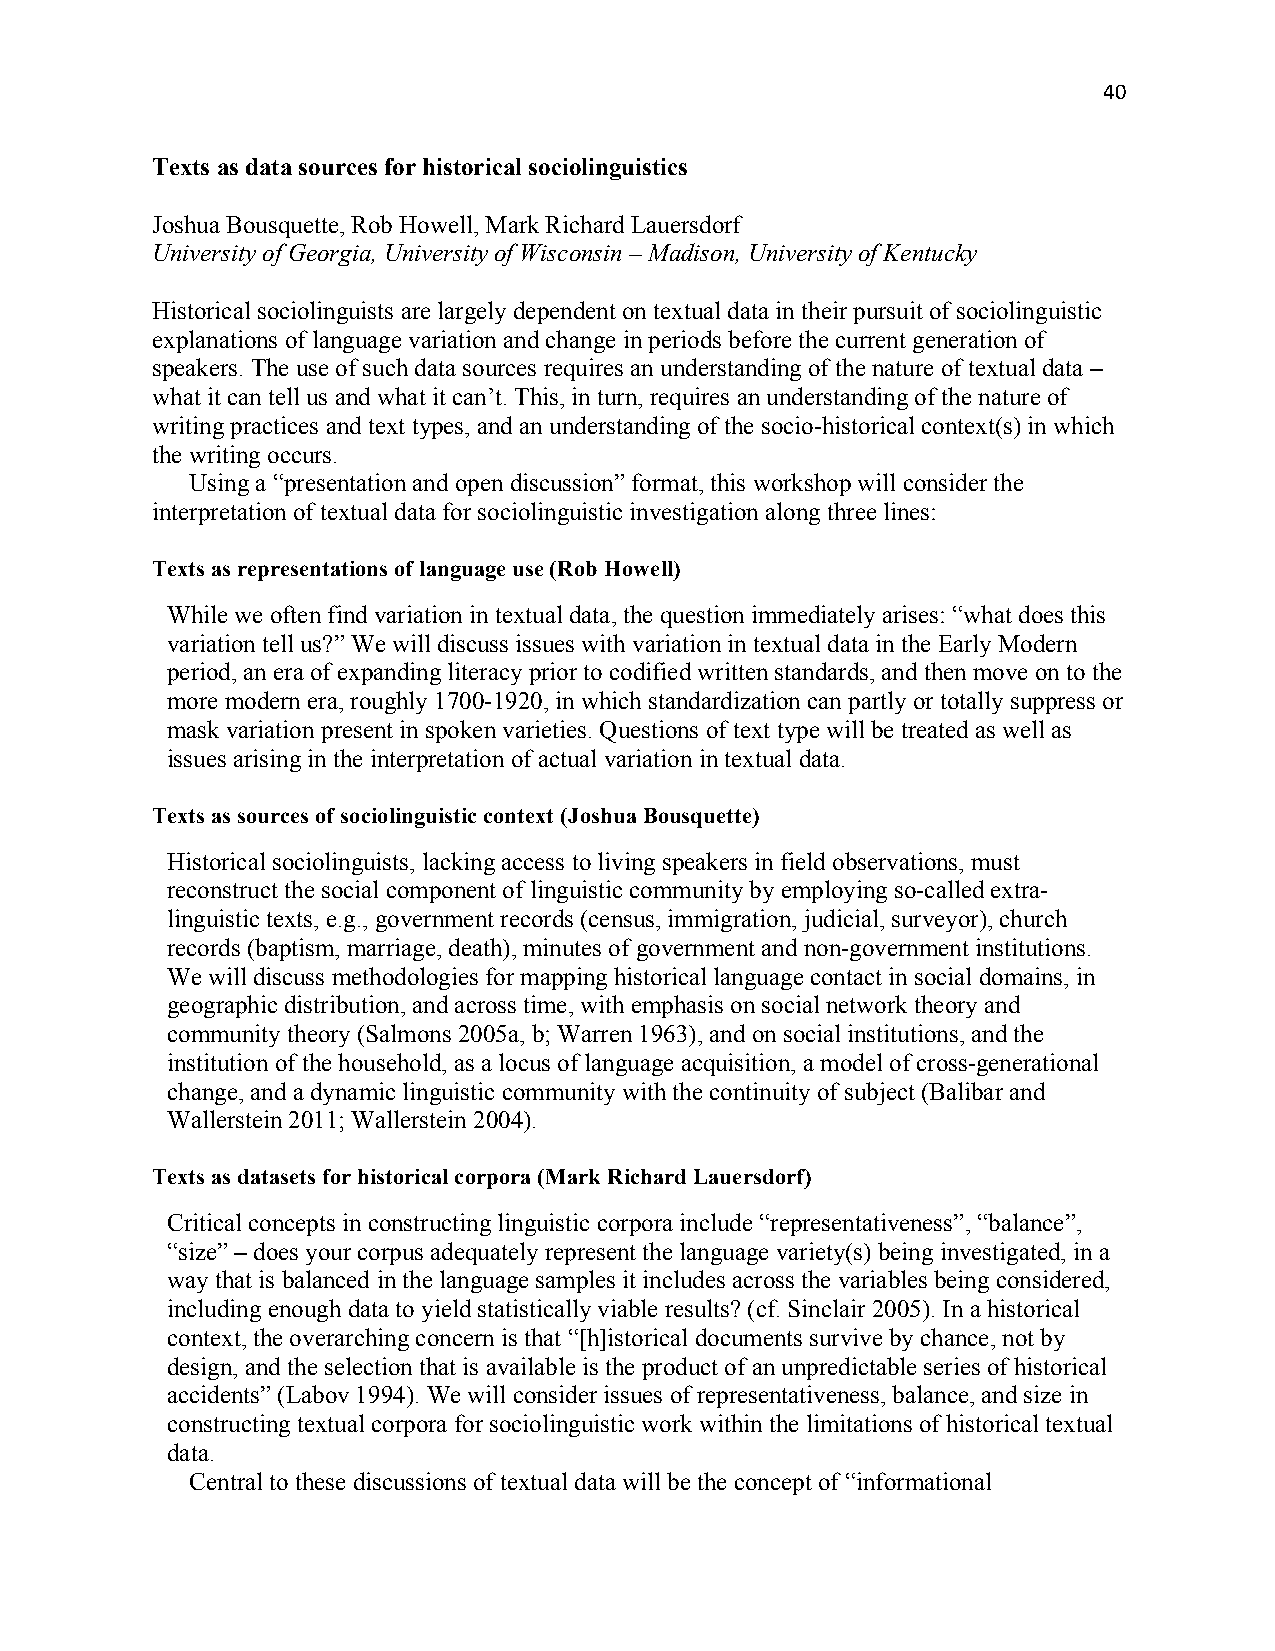
40
 Texts as data sources for historical sociolinguistics
 Joshua Bousquette, Rob Howell, Mark Richard Lauersdorf
 University of Georgia, University of Wisconsin – Madison, University of Kentucky
 Historical sociolinguists are largely dependent on textual data in their pursuit of sociolinguistic
 explanations of language variation and change in periods before the current generation of
 speakers. The use of such data sources requires an understanding of the nature of textual data –
 what it can tell us and what it can’t. This, in turn, requires an understanding of the nature of
 writing practices and text types, and an understanding of the socio-historical context(s) in which
 the writing occurs.
 Using a “presentation and open discussion” format, this workshop will consider the
 interpretation of textual data for sociolinguistic investigation along three lines:
 Texts as representations of language use (Rob Howell)
 While we often find variation in textual data, the question immediately arises: “what does this
 variation tell us?” We will discuss issues with variation in textual data in the Early Modern
 period, an era of expanding literacy prior to codified written standards, and then move on to the
 more modern era, roughly 1700-1920, in which standardization can partly or totally suppress or
 mask variation present in spoken varieties. Questions of text type will be treated as well as
 issues arising in the interpretation of actual variation in textual data.
 Texts as sources of sociolinguistic context (Joshua Bousquette)
 Historical sociolinguists, lacking access to living speakers in field observations, must
 reconstruct the social component of linguistic community by employing so-called extra-
 linguistic texts, e.g., government records (census, immigration, judicial, surveyor), church
 records (baptism, marriage, death), minutes of government and non-government institutions.
 We will discuss methodologies for mapping historical language contact in social domains, in
 geographic distribution, and across time, with emphasis on social network theory and
 community theory (Salmons 2005a, b; Warren 1963), and on social institutions, and the
 institution of the household, as a locus of language acquisition, a model of cross-generational
 change, and a dynamic linguistic community with the continuity of subject (Balibar and
 Wallerstein 2011; Wallerstein 2004).
 Texts as datasets for historical corpora (Mark Richard Lauersdorf)
 Critical concepts in constructing linguistic corpora include “representativeness”, “balance”,
 “size” – does your corpus adequately represent the language variety(s) being investigated, in a
 way that is balanced in the language samples it includes across the variables being considered,
 including enough data to yield statistically viable results? (cf. Sinclair 2005). In a historical
 context, the overarching concern is that “[h]istorical documents survive by chance, not by
 design, and the selection that is available is the product of an unpredictable series of historical
 accidents” (Labov 1994). We will consider issues of representativeness, balance, and size in
 constructing textual corpora for sociolinguistic work within the limitations of historical textual
 data.
 Central to these discussions of textual data will be the concept of “informational